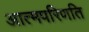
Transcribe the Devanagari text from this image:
आत्मपरिणति